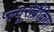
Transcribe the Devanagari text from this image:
प्ल्यूरोब्रैंकिया